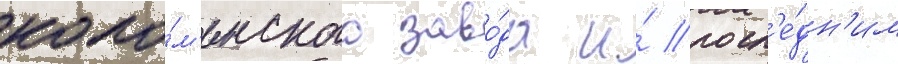
коло́м'енского заво́да и́ посл'е́дн'им